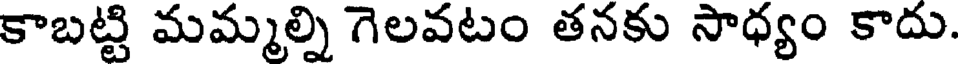
కాబట్టి మమ్మల్ని గెలవటం తనకు సాధ్యం కాదు.